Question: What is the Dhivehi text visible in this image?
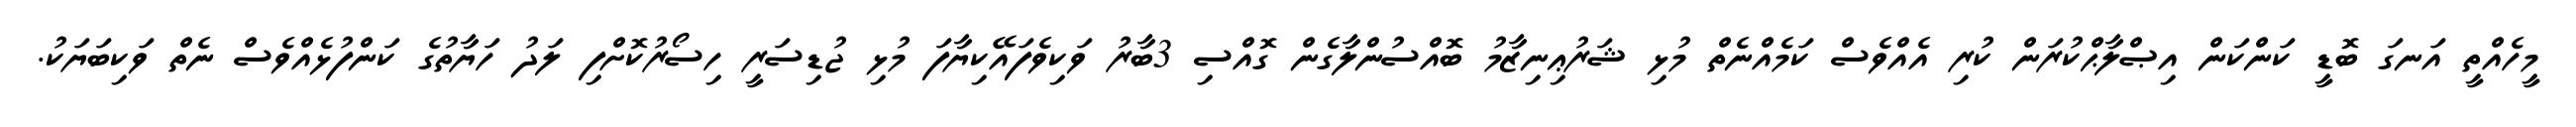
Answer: މީހެއްތީ އަނގަ ބޮޑީ ކަންކަން އިޞްލާޙްކުރަން ކުރި އެއްވެސް ކަމެއްނެތް މުޅި ޝަރުޢިނިޒާމު ބޮއްސުންލާގެން ގޮއްސި 3ބާރު ވަކިވެފައޭކިޔާފަ މުޅި ޖުޑިސަރީ ހިސޯރުކޮށްފި ލަދު ހަޔާތުގެ ކަންފުޅެއްވެސް ނެތް ވަކިބަޔަކު.